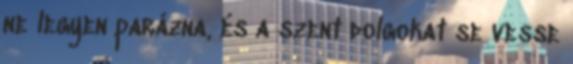
ne legyen parázna, és a szent dolgokat se vesse